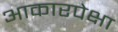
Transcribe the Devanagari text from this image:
आकारपेक्षा